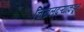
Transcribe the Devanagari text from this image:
चिखलदऱ्याकडून